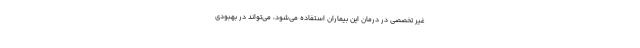
غیر تخصصی در درمان این بیماران استفاده می‌شود، می‌تواند در بهبودی